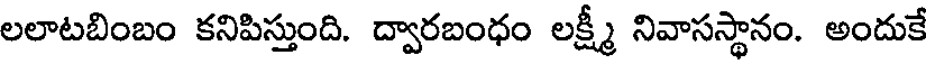
లలాటబింబం కనిపిస్తుంది. ద్వారబంధం లక్ష్మీ నివాసస్థానం. అందుకే